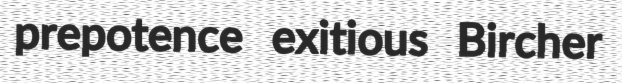
prepotence exitious Bircher